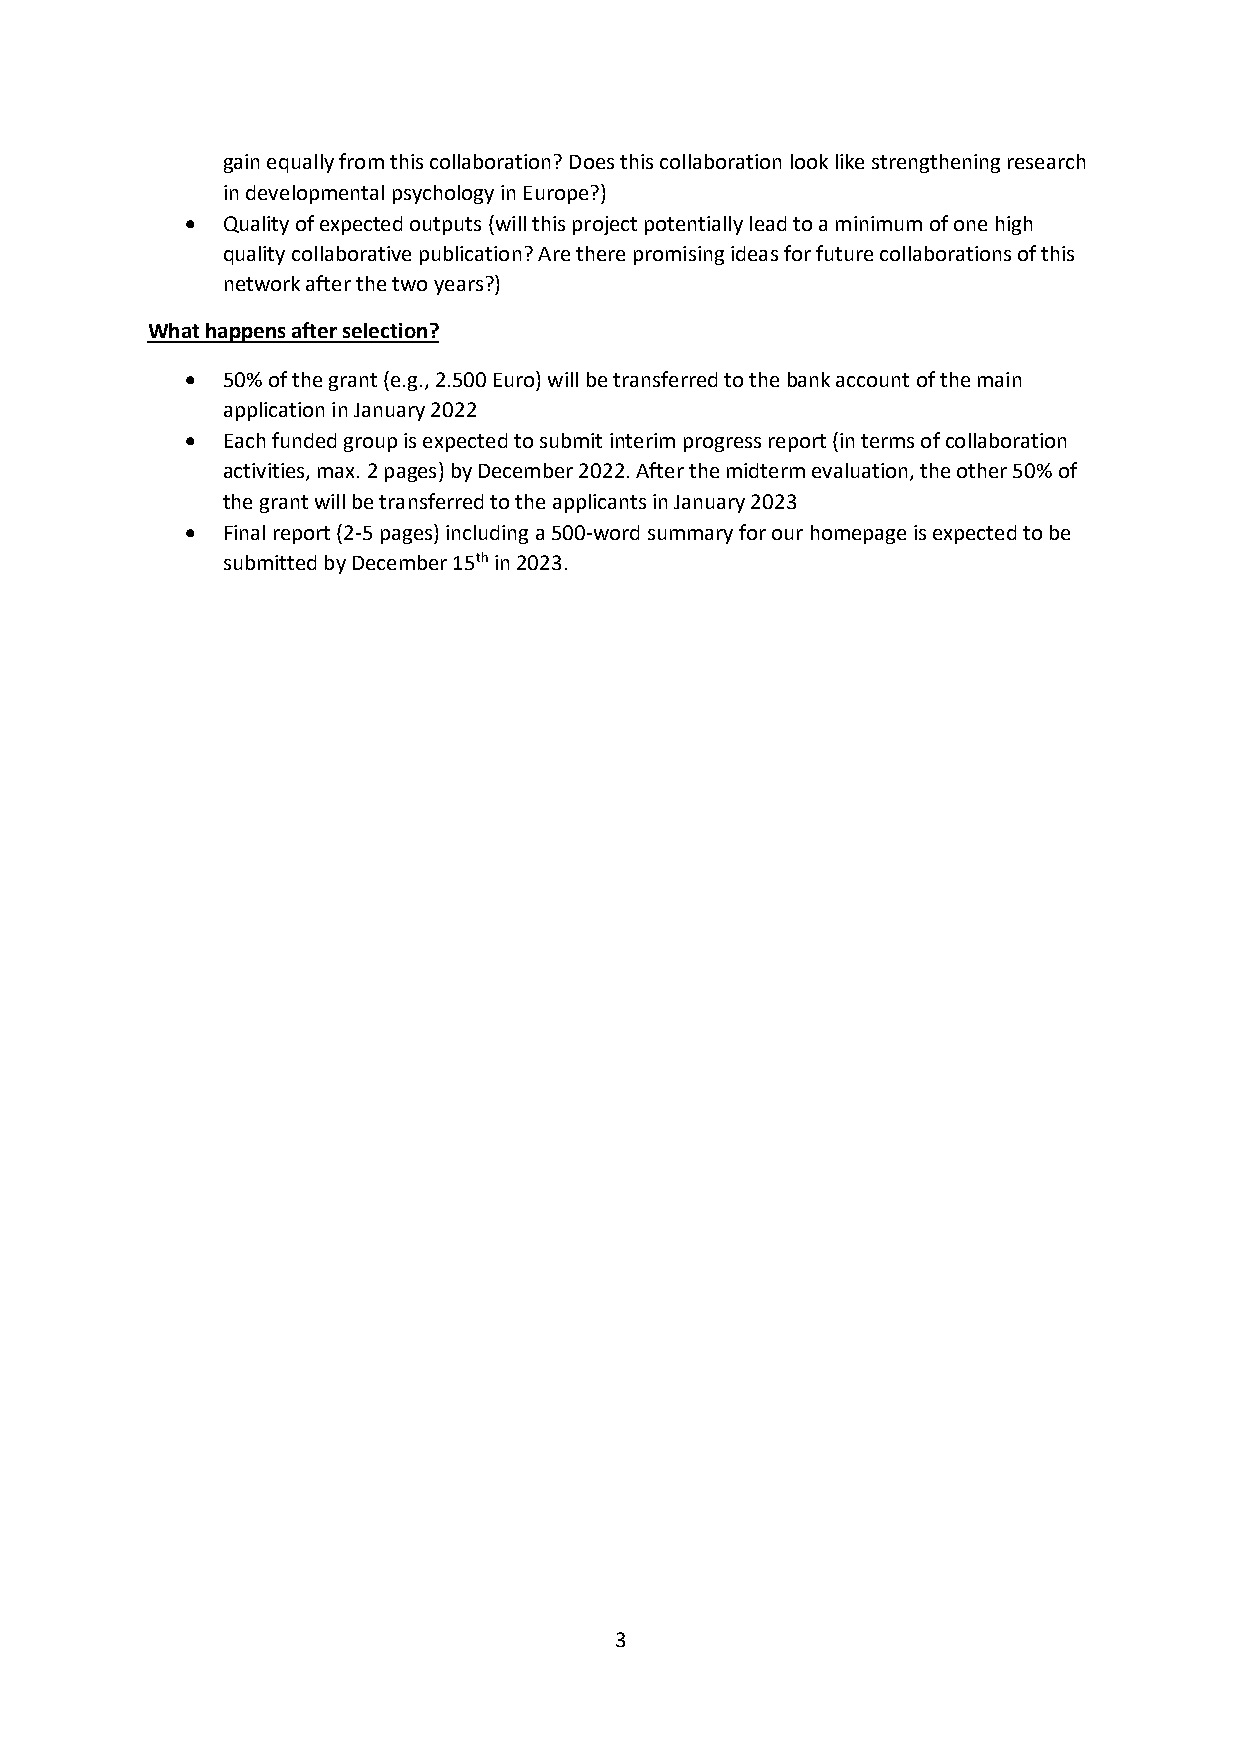
gain equally from this collaboration? Does this collaboration look like strengthening research
 in developmental psychology in Europe?)
 •  Quality of expected outputs (will this project potentially lead to a minimum of one high
 quality collaborative publication? Are there promising ideas for future collaborations of this
 network after the two years?)
 What happens after selection?
 •  50% of the grant (e.g., 2.500 Euro) will be transferred to the bank account of the main
 application in January 2022
 •  Each funded group is expected to submit interim progress report (in terms of collaboration
 activities, max. 2 pages) by December 2022. After the midterm evaluation, the other 50% of
 the grant will be transferred to the applicants in January 2023
 •  Final report (2-5 pages) including a 500-word summary for our homepage is expected to be
 submitted by December 15th in 2023.
 3